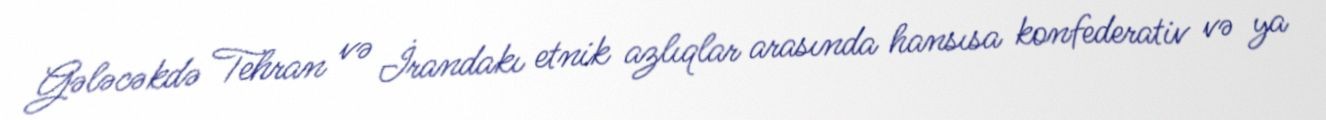
Gələcəkdə Tehran və İrandakı etnik azlıqlar arasında hansısa konfederativ və ya